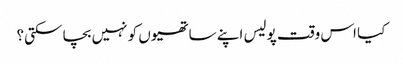
کیا اس وقت پولیس اپنے ساتھیوں کو نہیں بچا سکتی؟